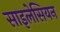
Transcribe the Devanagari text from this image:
साइलेसियन